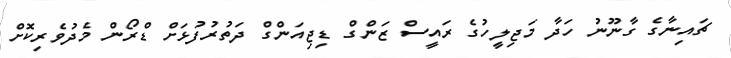
ޗައިނާގެ ގާނޫނު ހަދާ މަޖިލީހުގެ ރައީސް ޒަންގް ޑިޖިއަންގް ދަތުރުފުޅަށް ޑްރޯން މެދުވެރިކޮށް